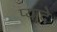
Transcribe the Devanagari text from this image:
प्‍यादे